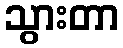
သွားတာ